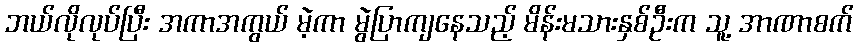
ဘယ်လိုလုပ်ပြီး အကာအကွယ် မဲ့ကာ မွဲပြာကျနေသည့် မိန်းမသားနှစ်ဦးက သူ့ အာဏာစက်